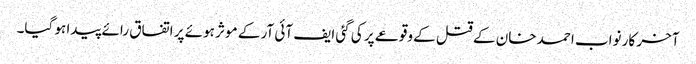
آخر کار نواب احمد خان کے قتل کے وقوعے پر کی گئی ایف آئی آر کے موثر ہوئے پر اتفاق رائے پیدا ہو گیا۔